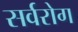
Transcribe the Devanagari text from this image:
सर्वरोग